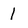
Character: 1